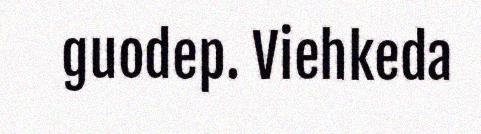
guodep. Viehkeda